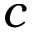
c